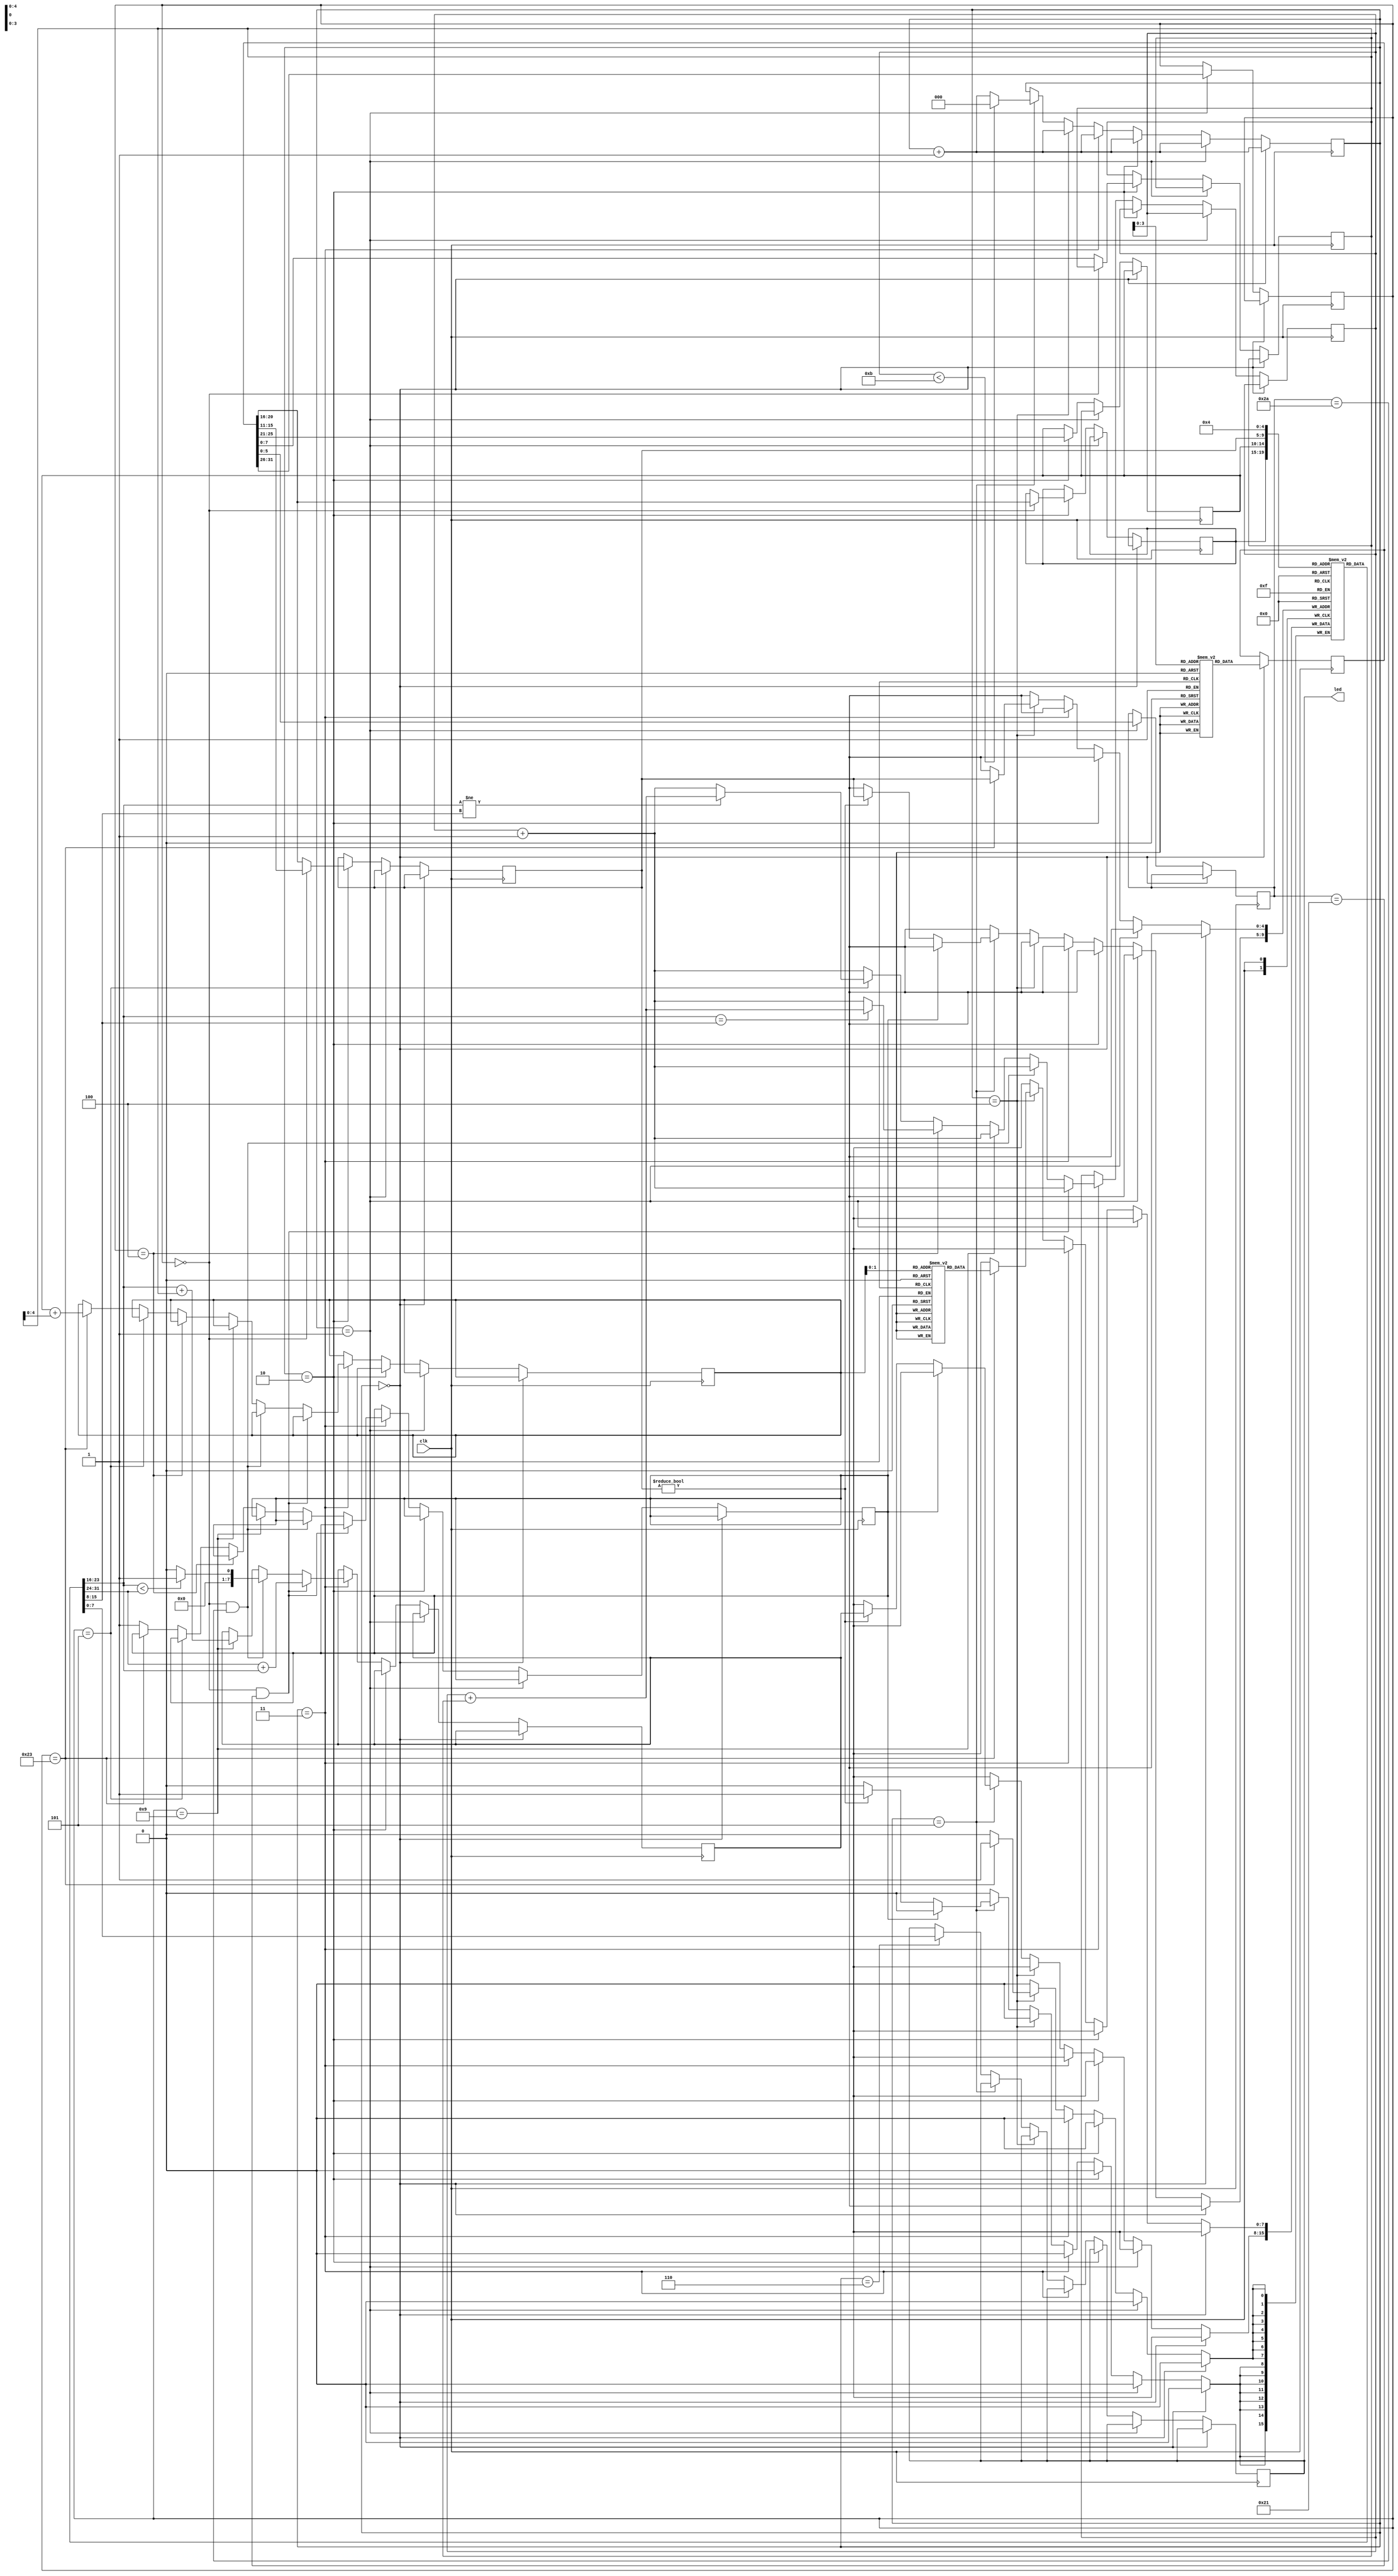
`define MAX_PC 11
`define OUTPUT_REG 4

module instruction_counter(clk, led
    );

    input clk;
    output [7:0] led;
    reg [7:0] led;

    reg [7:0] prog_counter;
    reg [31:0] mem_block[0:10];
    reg [7:0] data_mem[0:2];
    reg [7:0] reg_file[0:31];
    reg [31:0] inst;
    reg [5:0] opcode;
    reg [5:0] func;
    reg [4:0] register[0:2];
    reg [2:0] state;
    reg [7:0] val;
    reg invalid;
    reg [4:0] address;
    reg [7:0] ans;

    initial begin

		prog_counter = 0;
    led = 0;
    inst = 0;
    opcode = 0;
    func = 0;
    register[0] = 0; register[1] = 0; register[2] = 0;
    state = 0;
    val = 0;
    address = 0;
    ans = 0;

		data_mem[0] = 8'b11101100; // stores a
		data_mem[1] = 8'b00001010; // stores b
		data_mem[2] = 8'b00000010; // stores c

		mem_block[0] = 32'b100011_00000_00001_0000_0000_0000_0000; // lw $1, 0($0)
		mem_block[1] = 32'b100011_00000_00010_0000_0000_0000_0001; // lw $2, 1($0)
		mem_block[2] = 32'b100011_00000_00011_0000_0000_0000_0010; // lw $3, 2($0)
		mem_block[3] = 32'b001001_00000_00100_0000_0000_0000_0000; // addiu $4, $0, 0
		mem_block[4] = 32'b001001_00001_00101_0000_0000_0000_0000; // addiu $5, $1, 0
		mem_block[5] = 32'b000000_00101_00010_00110_00000_101010;  // slt $6, $5, $2
		mem_block[6] = 32'b000100_00110_00000_0000_0000_0000_0101; // beq $6, $0, exit
		mem_block[7] = 32'b000000_00100_00101_00100_00000_100001;  // addu $4, $4, $5
		mem_block[8] = 32'b000000_00101_00011_00101_00000_100001;  // addu $5, $5, $3
		mem_block[9] = 32'b000000_00101_00010_00110_00000_101010;  // slt $6, $5, $2
	   mem_block[10] = 32'b000101_00110_00000_1111_1111_1111_1101; // bne $6, $0, loop

		reg_file[0] = 0; reg_file[1] = 0; reg_file[2] = 0; reg_file[3] = 0; reg_file[4] = 0;
		reg_file[5] = 0; reg_file[6] = 0; reg_file[7] = 0;reg_file[8] = 0; 
		reg_file[9] = 0; reg_file[10] = 0; reg_file[11] = 0; reg_file[12] = 0;
        reg_file[13] = 0; reg_file[14] = 0; reg_file[15] = 0; reg_file[16] = 0; reg_file[17] = 0;
        reg_file[18] = 0; reg_file[19] = 0; reg_file[20] = 0; reg_file[21] = 0; reg_file[22] = 0;
        reg_file[23] = 0; reg_file[24] = 0; reg_file[25] = 0; reg_file[26] = 0; reg_file[27] = 0;
        reg_file[28] = 0; reg_file[29] = 0; reg_file[30] = 0; reg_file[31] = 0;

	  end

    always@(posedge clk) begin
        
       if(state == 0) begin
           inst <= mem_block[prog_counter];
           state <= state + 1;
       end
       else if(state == 1) begin
           opcode <= inst[31:26];
           func <= inst[5:0];
           state <= state + 1;
       end
       else if(state == 2) begin
        case(opcode)
            
            6'b000000: begin
                  register[0] <= inst[25:21];
                  register[1] <= inst[20:16];
                  register[2] <= inst[15:11];
                  state <= state + 1;
            end

            default: begin
                  register[0] <= inst[25:21];
                  register[2] <= inst[20:16];
                  val <= inst[7:0];
                  state <= state + 1;
            end
                
        endcase
       end
       else if(state == 3) begin

         if(opcode == 6'b000000 && func == 6'b100001) begin
           ans <= reg_file[register[1]] + reg_file[register[0]];
           prog_counter <= prog_counter + 1;
         end
         else if(opcode == 6'b000000 && func == 6'b101010) begin
           if(reg_file[register[0]] < reg_file[register[1]]) begin
             ans <= 1;
           end
           else begin
             ans <= 0;
           end
           prog_counter <= prog_counter + 1;
         end
         else if(opcode == 6'b001001) begin
           ans <= reg_file[register[0]] + val;
           prog_counter <= prog_counter + 1;
         end
         else if(opcode == 6'b000100) begin
           if(reg_file[register[0]] == reg_file[register[2]]) begin
             prog_counter <= prog_counter + val;
           end
           else begin
            prog_counter <= prog_counter + 1;
           end
         end
         else if(opcode == 6'b000101) begin
           if(reg_file[register[0]] != reg_file[register[2]]) begin
             prog_counter <= prog_counter + val;
           end
           else begin
            prog_counter <= prog_counter + 1;
           end
         end
         else if(opcode == 6'b100011) begin
           address <= register[0] + val[4:0];
           prog_counter <= prog_counter + 1;
         end
         else begin
           invalid <= 1;
           prog_counter <= prog_counter + 1;
         end

         state <= state + 1;

       end
       else if(state == 4) begin
         if(opcode == 6'b100011) begin
           reg_file[register[2]] <= data_mem[address];
         end
         state <= state + 1;
       end
       else if(state == 5) begin
         if(invalid == 1'b0) begin
           if(register[2] != 5'b00000) begin
             reg_file[register[2]] <= ans;
           end
         end
         if(prog_counter < `MAX_PC) begin
          state <= 0;
         end
         else begin
          state <= state + 1;
         end
       end
       else if(state == 6) begin
        led <= reg_file[`OUTPUT_REG];
       end
    end
endmodule